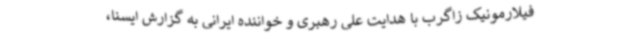
فیلارمونیک زاگرب با هدایت علی رهبری و خواننده ایرانی به گزارش ایسنا،